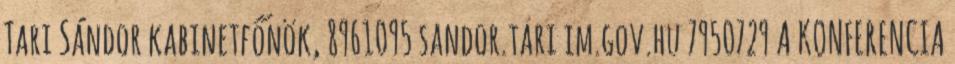
Tari Sándor kabinetfőnök, 8961095 sandor.tari im.gov.hu 7950729 A KONFERENCIA